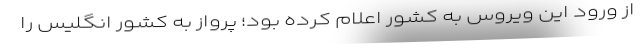
از ورود این ویروس به کشور اعلام کرده بود؛ پرواز به کشور انگلیس را